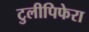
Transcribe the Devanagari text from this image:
टुलीपिफेरा